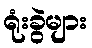
ရုံးခွဲများ